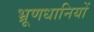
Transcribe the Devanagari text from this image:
भ्रूणधानियों